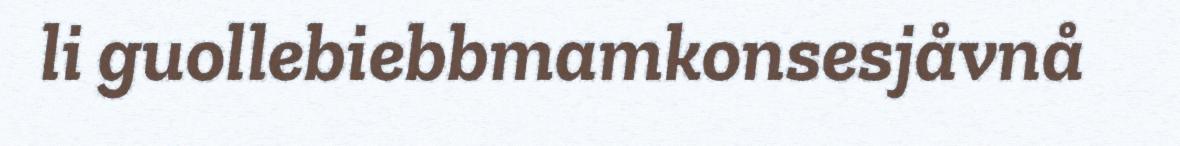
li guollebiebbmamkonsesjåvnå